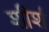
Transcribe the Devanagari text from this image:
शीर्श